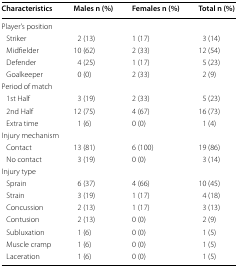
| Characteristics | Males n (%) | Females n (%) | Total n (%) |
 | --- | --- | --- | --- |
 | <COLSPAN=4> Player’s position |
 | Striker | 2 (13) | 1 (17) | 3 (14) |
 | Midfielder | 10 (62) | 2 (33) | 12 (54) |
 | Defender | 4 (25) | 1 (17) | 5 (23) |
 | Goalkeeper | 0 (0) | 2 (33) | 2 (9) |
 | <COLSPAN=4> Period of match |
 | 1st Half | 3 (19) | 2 (33) | 5 (23) |
 | 2nd Half | 12 (75) | 4 (67) | 16 (73) |
 | Extra time | 1 (6) | 0 (0) | 1 (4) |
 | <COLSPAN=4> Injury mechanism |
 | Contact | 13 (81) | 6 (100) | 19 (86) |
 | No contact | 3 (19) | 0 (0) | 3 (14) |
 | <COLSPAN=4> Injury type |
 | Sprain | 6 (37) | 4 (66) | 10 (45) |
 | Strain | 3 (19) | 1 (17) | 4 (18) |
 | Concussion | 2 (13) | 1 (17) | 3 (13) |
 | Contusion | 2 (13) | 0 (0) | 2 (9) |
 | Subluxation | 1 (6) | 0 (0) | 1 (5) |
 | Muscle cramp | 1 (6) | 0 (0) | 1 (5) |
 | Laceration | 1 (6) | 0 (0) | 1 (5) |